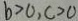
b > 0 , c > 0